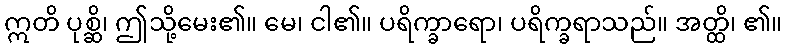
ဣတိ ပုစ္ဆိ၊ ဤသို့မေး၏။ မေ၊ ငါ၏။ ပရိက္ခာရော၊ ပရိက္ခရာသည်။ အတ္ထိ၊ ၏။